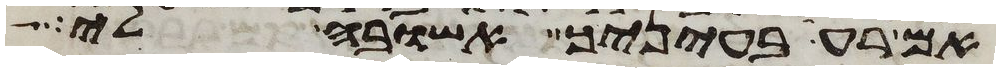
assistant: אם רעה בעיניך אשובה לי